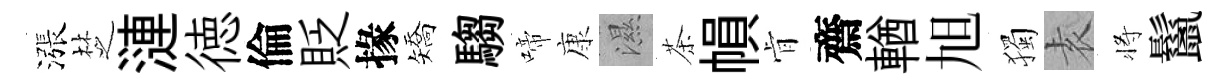
漲椘漣徳倫貶掾矯騶啼康濕茶𢄙肻齋輶旭獨𡊮将鬣